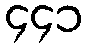
၄၄၁